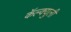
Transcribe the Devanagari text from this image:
कॅल्क्युली